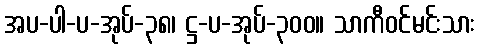
အပ-ပါ-ပ-အုပ်-၃၈၊ ဋ္ဌ-ပ-အုပ်-၃၀၀။ သာကီဝင်မင်းသား